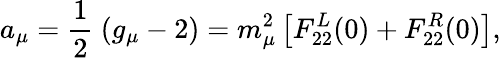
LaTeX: a_{\mu}={\frac{1}{2}}~(g_{\mu}-2)=m_{\mu}^{2}\left[F_{22}^{L}(0)+F_{22}^{R}(0)\right],